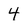
Character: 4